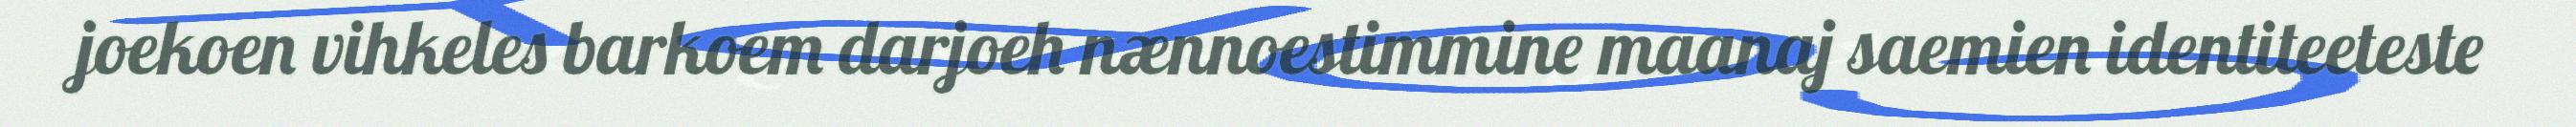
joekoen vihkeles barkoem darjoeh nænnoestimmine maanaj saemien identiteeteste